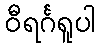
ဝီရင်္ဂရူပါ